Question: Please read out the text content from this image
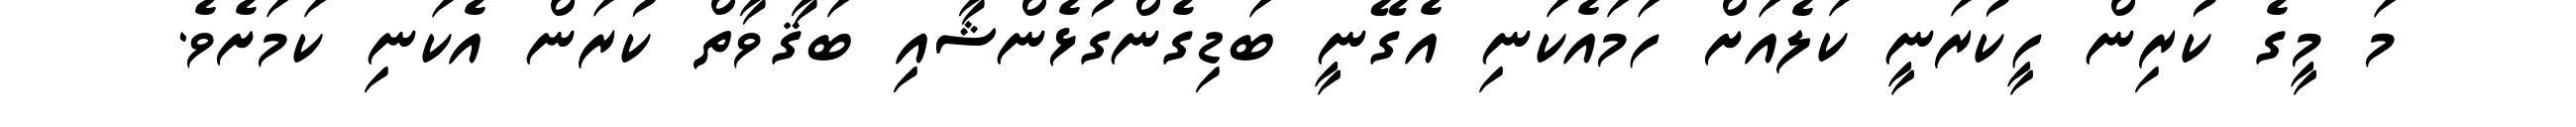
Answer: މަ މީގެ ކުރިން ހީކުރަނީ ކަލެއަށް ހަމައެކަނި އެގޭނީ ބަޑިގެންގުޅެންޝާއި ބަޤާވާތް ކުރަން އެކަނި ކަމަށެވެ.